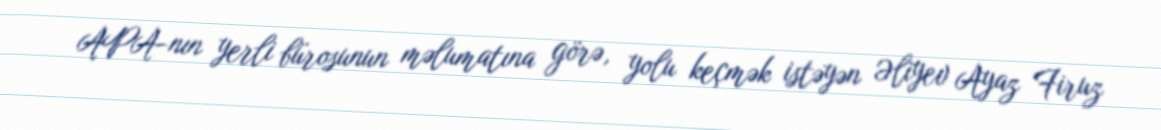
APA-nın yerli bürosunun məlumatına görə, yolu keçmək istəyən Əliyev Ayaz Firuz